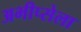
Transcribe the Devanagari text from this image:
अभीप्सेला